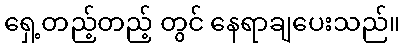
ရှေ့တည့်တည့် တွင် နေရာချပေးသည်။